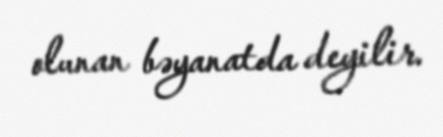
olunan bəyanatda deyilir.